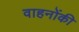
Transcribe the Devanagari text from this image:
वाहनोंकी